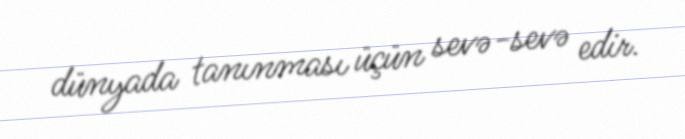
dünyada tanınması üçün sevə-sevə edir.